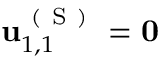
\mathbf { u } _ { 1 , 1 } ^ { \mathrm { ~ ( ~ S ~ ) ~ } } = \mathbf { 0 }